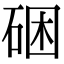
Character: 硱